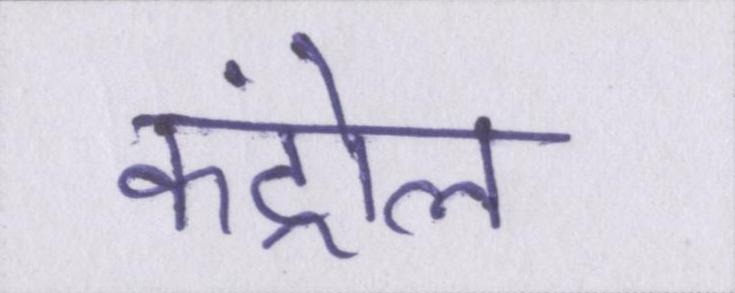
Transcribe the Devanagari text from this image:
कंट्रोल